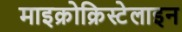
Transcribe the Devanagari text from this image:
माइक्रोक्रिस्टेलाइन